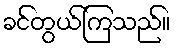
ခင်တွယ်ကြသည်။